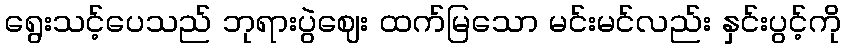
ရွေးသင့်ပေသည် ဘုရားပွဲဈေး ထက်မြသော မင်းမင်လည်း နှင်းပွင့်ကို